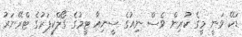
ޑަކޭ ވަނީ މީގެ ކުރިން ވެސް ނިއުގެ ސީނިއާ ޓީމުގެ ގޯލްކީޕަރުގެ ޓްރޭނަރު